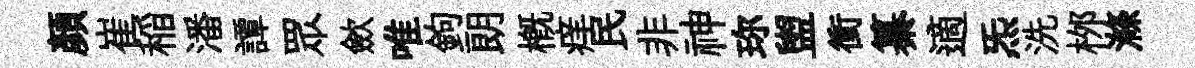
顔崔稲潘譚眾歛唯鉤朗槪痒民非神珎盥衝纂適炁洗桞滌